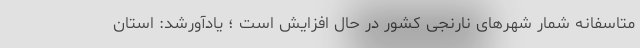
متاسفانه شمار شهرهای نارنجی کشور در حال افزایش است ؛ یادآورشد: استان